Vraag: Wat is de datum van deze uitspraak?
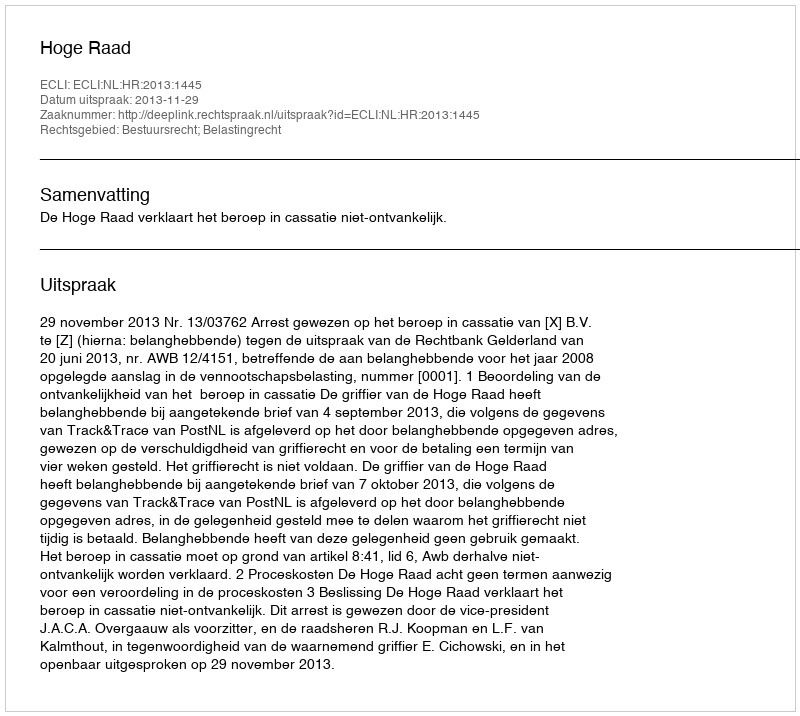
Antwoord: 2013-11-29